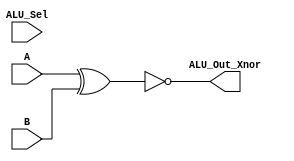
module Log_Xnor(output [3:0] ALU_Out_Xnor,input [3:0] A, input [3:0] B,input [3:0] ALU_Sel);
assign ALU_Out_Xnor = ~(A ^ B);
endmodule